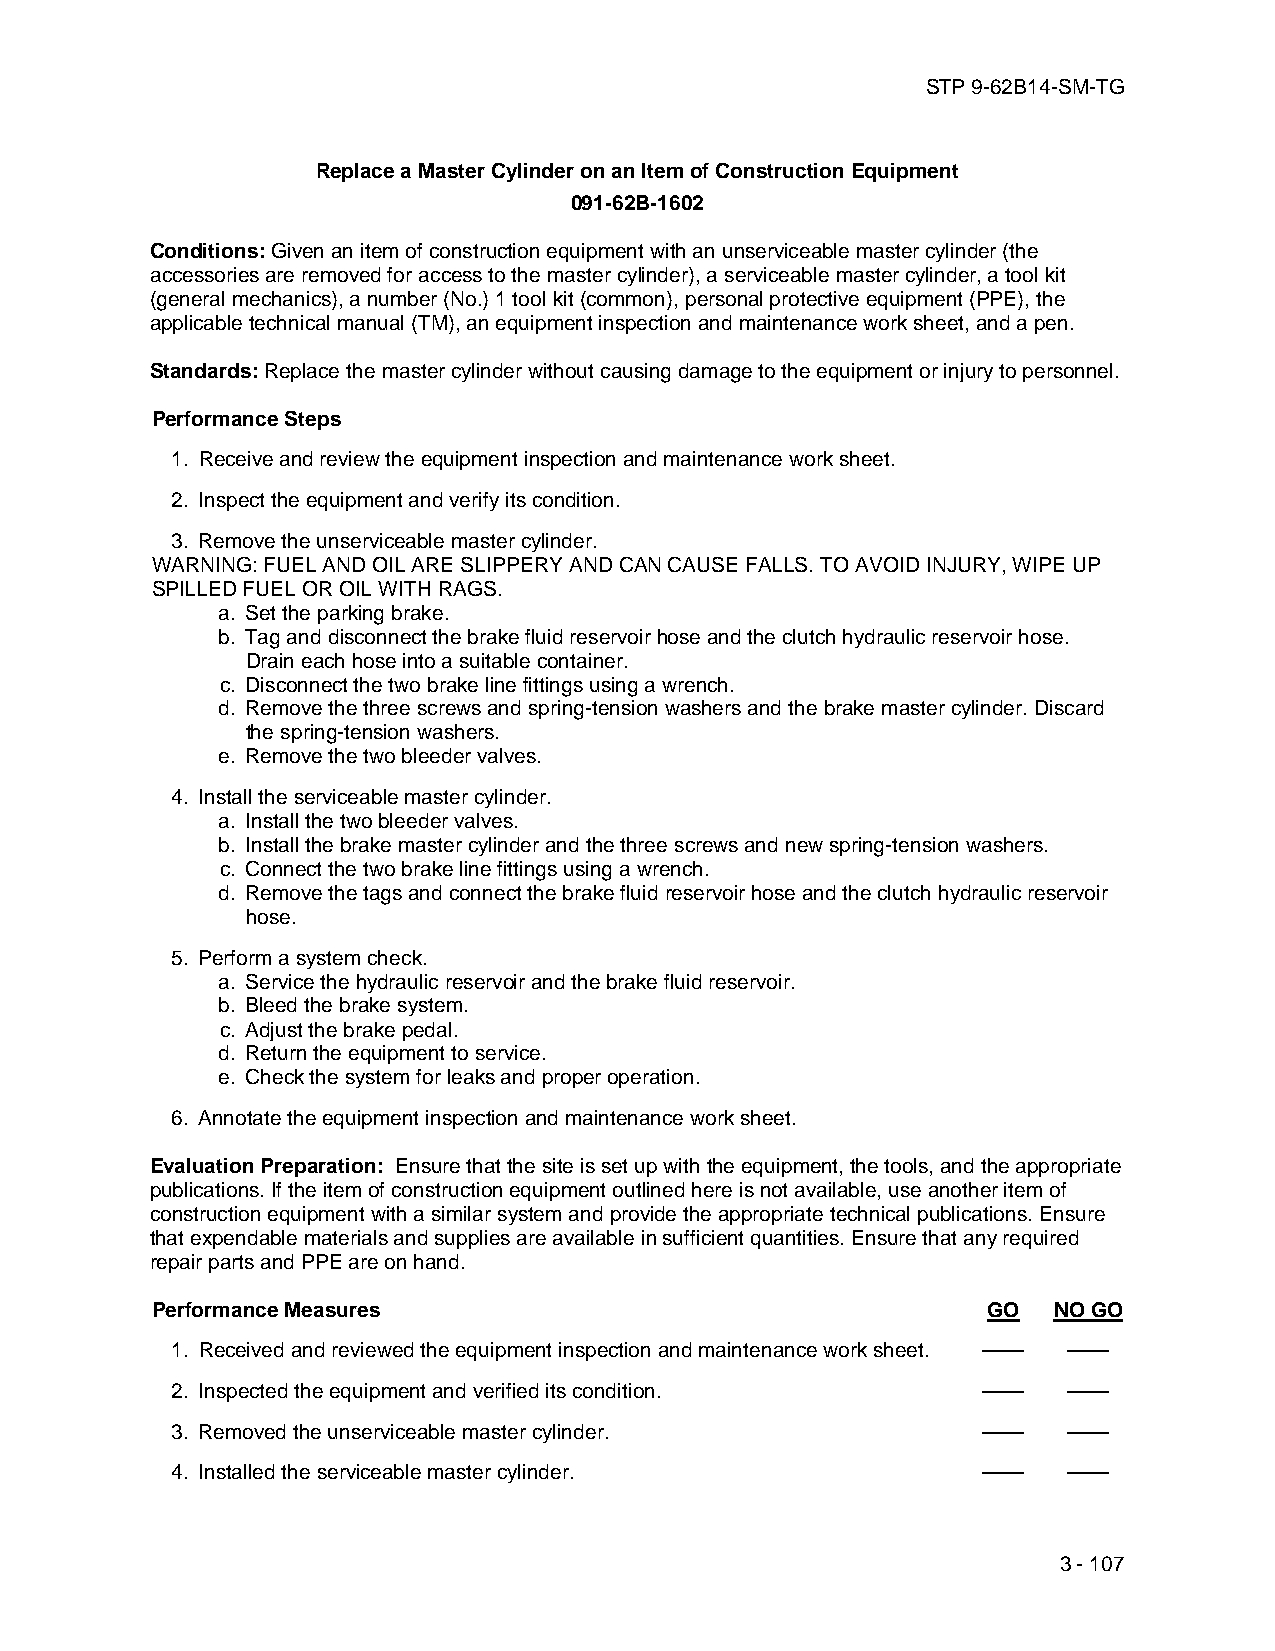
STP 9-62B14-SM-TG
 Replace a Master Cylinder on an Item of Construction Equipment
 091-62B-1602
 Conditions: Given an item of construction equipment with an unserviceable master cylinder (the
 accessories are removed for access to the master cylinder), a serviceable master cylinder, a tool kit
 (general mechanics), a number (No.) 1 tool kit (common), personal protective equipment (PPE), the
 applicable technical manual (TM), an equipment inspection and maintenance work sheet, and a pen.
 Standards: Replace the master cylinder without causing damage to the equipment or injury to personnel.
 Performance Steps
 1. Receive and review the equipment inspection and maintenance work sheet.
 2. Inspect the equipment and verify its condition.
 3. Remove the unserviceable master cylinder.
 WARNING: FUEL AND OIL ARE SLIPPERY AND CAN CAUSE FALLS. TO AVOID INJURY, WIPE UP
 SPILLED FUEL OR OIL WITH RAGS.
 a. Set the parking brake.
 b. Tag and disconnect the brake fluid reservoir hose and the clutch hydraulic reservoir hose.
 Drain each hose into a suitable container.
 c. Disconnect the two brake line fittings using a wrench.
 d. Remove the three screws and spring-tension washers and the brake master cylinder. Discard
 the spring-tension washers.
 e. Remove the two bleeder valves.
 4. Install the serviceable master cylinder.
 a. Install the two bleeder valves.
 b. Install the brake master cylinder and the three screws and new spring-tension washers.
 c. Connect the two brake line fittings using a wrench.
 d. Remove the tags and connect the brake fluid reservoir hose and the clutch hydraulic reservoir
 hose.
 5. Perform a system check.
 a. Service the hydraulic reservoir and the brake fluid reservoir.
 b. Bleed the brake system.
 c. Adjust the brake pedal.
 d. Return the equipment to service.
 e. Check the system for leaks and proper operation.
 6. Annotate the equipment inspection and maintenance work sheet.
 Evaluation Preparation: Ensure that the site is set up with the equipment, the tools, and the appropriate
 publications. If the item of construction equipment outlined here is not available, use another item of
 construction equipment with a similar system and provide the appropriate technical publications. Ensure
 that expendable materials and supplies are available in sufficient quantities. Ensure that any required
 repair parts and PPE are on hand.
 Performance Measures                                   GO   NO GO
 1. Received and reviewed the equipment inspection and maintenance work sheet. —— ——
 2. Inspected the equipment and verified its condition. ——   ——
 3. Removed the unserviceable master cylinder.         ——    ——
 4. Installed the serviceable master cylinder.         ——    ——
 3 - 107